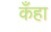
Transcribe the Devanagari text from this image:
कँहा